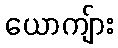
ယောကျ်ား